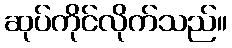
ဆုပ်ကိုင်လိုက်သည်။